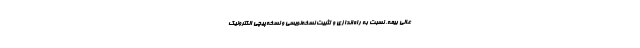
عالی بیمه، نسبت به راه‌اندازی و تثبیت نسخه‌نویسی و نسخه‌پیچی الکترونیک